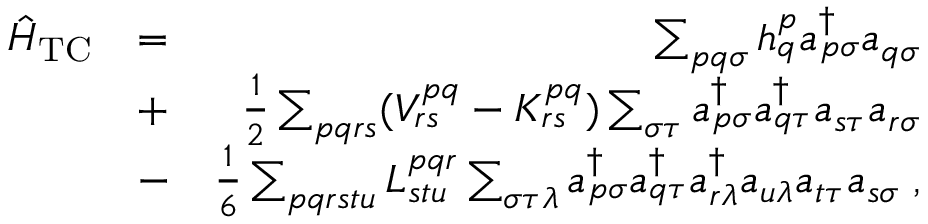
\begin{array} { r l r } { \hat { H } _ { \mathrm { T C } } } & { = } & { \sum _ { p q \sigma } h _ { q } ^ { p } a _ { p \sigma } ^ { \dagger } a _ { q \sigma } } \\ & { + } & { \frac 1 2 \sum _ { p q r s } ( V _ { r s } ^ { p q } - K _ { r s } ^ { p q } ) \sum _ { \sigma \tau } a _ { p \sigma } ^ { \dagger } a _ { q \tau } ^ { \dagger } a _ { s \tau } a _ { r \sigma } } \\ & { - } & { \frac 1 6 \sum _ { p q r s t u } L _ { s t u } ^ { p q r } \sum _ { \sigma \tau \lambda } a _ { p \sigma } ^ { \dagger } a _ { q \tau } ^ { \dagger } a _ { r \lambda } ^ { \dagger } a _ { u \lambda } a _ { t \tau } a _ { s \sigma } \; , } \end{array}